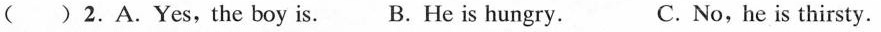
( ) 2.A.Yes,the boy is. B.He is hungry. C. No,he is thirsty.